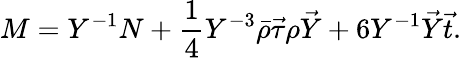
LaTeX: M=Y^{-1}N+\frac{1}{4}Y^{-3}\bar{\rho}\vec{\tau}\rho\vec{Y}+6Y^{-1}\vec{Y}\vec{t}.